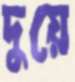
দুয়ে